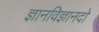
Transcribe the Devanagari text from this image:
ज्ञानविज्ञानदो